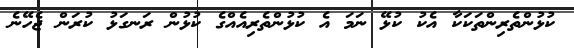
ކުޅުންތެރިންތަކަކާ އެކު ކުޅޭ ނަމަ އެ ކުޅުންތެރިއެއްގެ ކުޅުން ރަނގަޅު ކުރަން ޖެހޭނެ